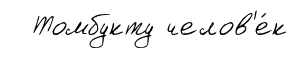
Томбукту челов'е́к